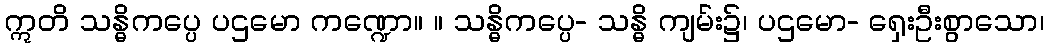
ဣတိ သန္ဓိကပ္ပေ ပဌမော ကဏ္ဍော။ ။ သန္ဓိကပ္ပေ- သန္ဓိ ကျမ်း၌၊ ပဌမော- ရှေးဦးစွာသော၊